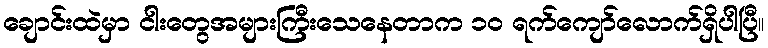
ချောင်းထဲမှာ ငါးတွေအများကြီးသေနေတာက ၁၀ ရက်ကျော်လောက်ရှိပါပြီ။